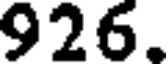
926.